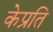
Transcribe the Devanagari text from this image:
केप्रति